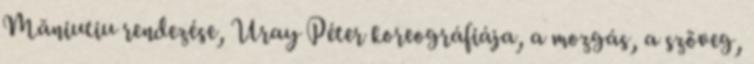
Măniutiu rendezése, Uray Péter koreográfiája, a mozgás, a szöveg,